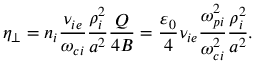
\eta _ { \perp } = n _ { i } \frac { \nu _ { i e } } { \omega _ { c i } } \frac { \rho _ { i } ^ { 2 } } { a ^ { 2 } } \frac { Q } { 4 B } = \frac { \varepsilon _ { 0 } } { 4 } \nu _ { i e } \frac { \omega _ { p i } ^ { 2 } } { \omega _ { c i } ^ { 2 } } \frac { \rho _ { i } ^ { 2 } } { a ^ { 2 } } .